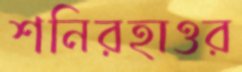
শনিরহাওর